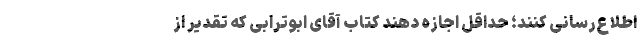
اطلاع‌رسانی کنند؛ حداقل اجازه دهند کتاب آقای ابوترابی که تقدیر از